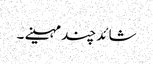
شائد چند مہینے ۔